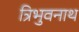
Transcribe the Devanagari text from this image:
त्रिभुवनाथ